Indian journal of veterinary science and animal husbandry - Volumes 18-21, 1948-1951
Year: 1948
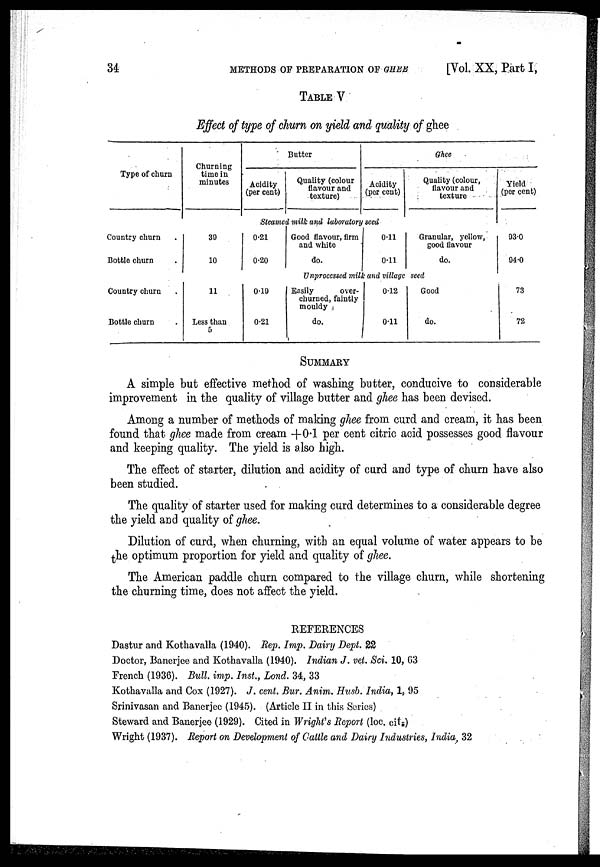
34
METHODS OF PREPARATION OF GHEE
[Vol. XX, Part I,
TABLE V
Effect of type of churn on yield and quality of ghee
Type of churn
Churning
time in
minutes
Butter
Acidity
(per cent)
Quality (colour
flavour and
texture)
Ghee
Acidity
(per cent)
Quality (colour,
flavour and
texture
Yield
(per cent)
Steamed milk and laboratory seed
Country churn .
Bottle churn .
39
10
0.21
0.20
Good flavour, firm
and white
do.
0.11
0.11
Granular, yellow,
good flavour
do.
93.0
94.0
Unprocessed milk and village seed
Country churn .
Bottle churn .
11
Less than
5
0.19
0.21
Easily
over-
churned, faintly
mouldy
do.
0.12
0.11
Good
do.
73
72
SUMMARY
A simple but effective method of washing butter, conducive to considerable
improvement in the quality of village butter and ghee has been devised.
Among a number of methods of making ghee from curd and cream, it has been
found that ghee made from cream +0.1 per cent citric acid possesses good flavour
and keeping quality. The yield is also high.
The effect of starter, dilution and acidity of curd and type of churn have also
been studied.
The quality of starter used for making curd determines to a considerable degree
the yield and quality of ghee.
Dilution of curd, when churning, with an equal volume of water appears to be
the optimum proportion for yield and quality of ghee.
The American paddle churn compared to the village churn, while shortening
the churning time, does not affect the yield.
REFERENCES
Dastur and Kothavalla (1940). Rep. Imp. Dairy Dept. 22
Doctor, Banerjee and Kothavalla (1940). Indian J. vet. Sci. 10, 63
French (1936). Bull. imp. Inst., Lond. 34, 33
Kothavalla and Cox (1927). J. cent. Bur. Anim. Husb. India, 1, 95
Srinivasan and Banerjee (1945). (Article II in this Series)
Steward and Banerjee (1929). Cited in Wright's Report (loc. cit.)
Wright (1937). Report on Development of Cattle and Dairy Industries, India, 32